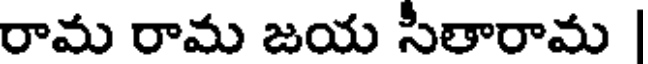
రామ రామ జయ సీతారామ